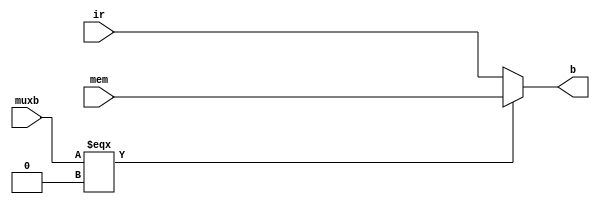
module mux_b(
	     muxb,
	     mem,
	     ir,
	     b);
   
   input wire muxb;
   input wire [7:0] mem;
   input wire [7:0] ir;
   
   output reg [7:0] b;
   
   always @(*)
     begin
	if(muxb === 1'b0)
	  begin
	     b <= mem;
	  end
	else
	  begin
	     b <= ir;
	  end
     end // always @ (*)

endmodule // mux_b